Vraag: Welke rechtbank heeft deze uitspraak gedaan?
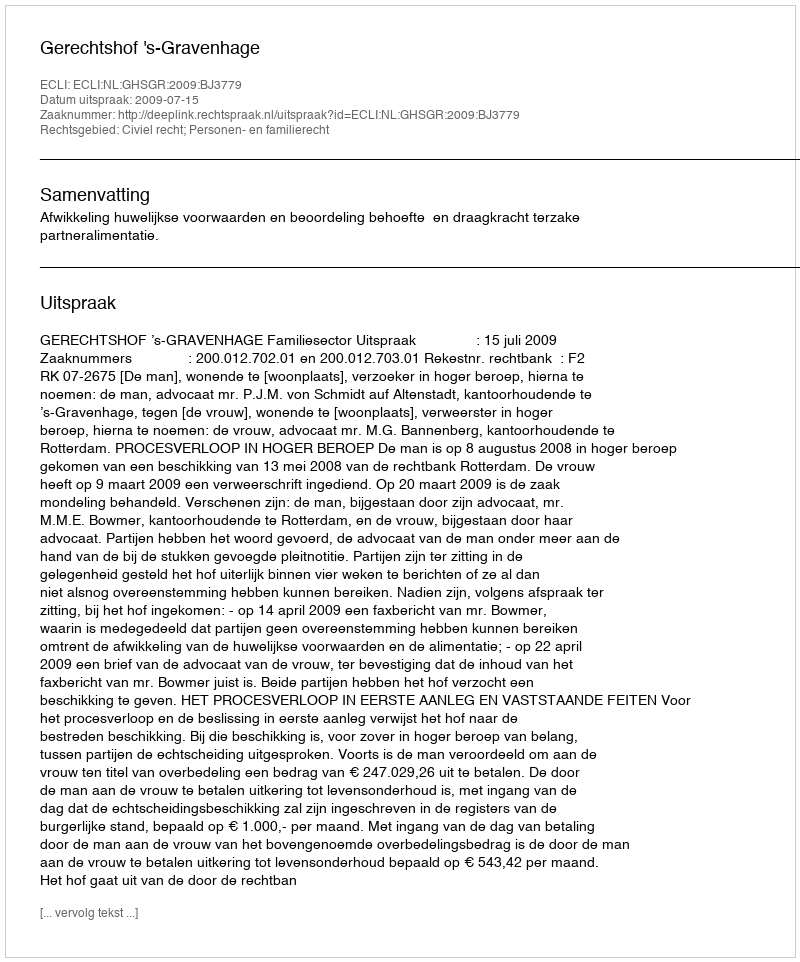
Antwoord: Gerechtshof 's-Gravenhage